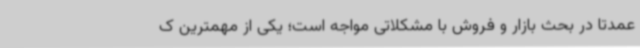
عمدتا در بحث بازار و فروش با مشکلاتی مواجه است؛ یکی‌ از مهمترین ک